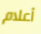
أعلام